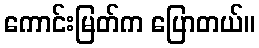
ကောင်းမြတ်က ပြောတယ်။